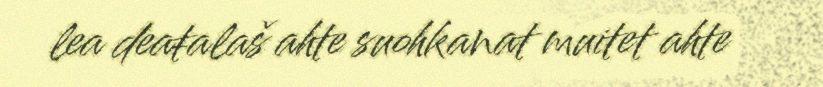
lea deaŧalaš ahte suohkanat muitet ahte